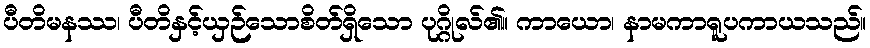
ပီတိမနဿ၊ ပီတိနှင့်ယှဉ်သောစိတ်ရှိသော ပုဂ္ဂိုလ်၏။ ကာယော၊ နာမကာရူပကာယသည်။